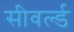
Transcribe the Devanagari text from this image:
सीवर्ल्ड